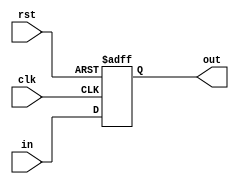
module Register
(
	input rst, 
	input clk,
	input[31:0] in,      
	output reg[31:0] out	
);
	
always @(posedge clk or posedge rst) 
begin
	if (rst) out <= 0;
	else     out <= in;
end
	
endmodule